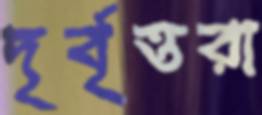
দৃর্বৃত্তরা